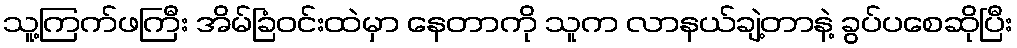
သူ့ကြက်ဖကြီး အိမ်ခြံဝင်းထဲမှာ နေတာကို သူက လာနယ်ချဲ့တာနဲ့ ခွပ်ပစေဆိုပြီး